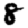
Digit: 8